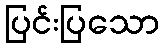
ပြင်းပြသော